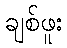
ချစ်ဖူး